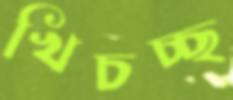
খিচচ্ছ